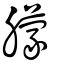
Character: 䑃